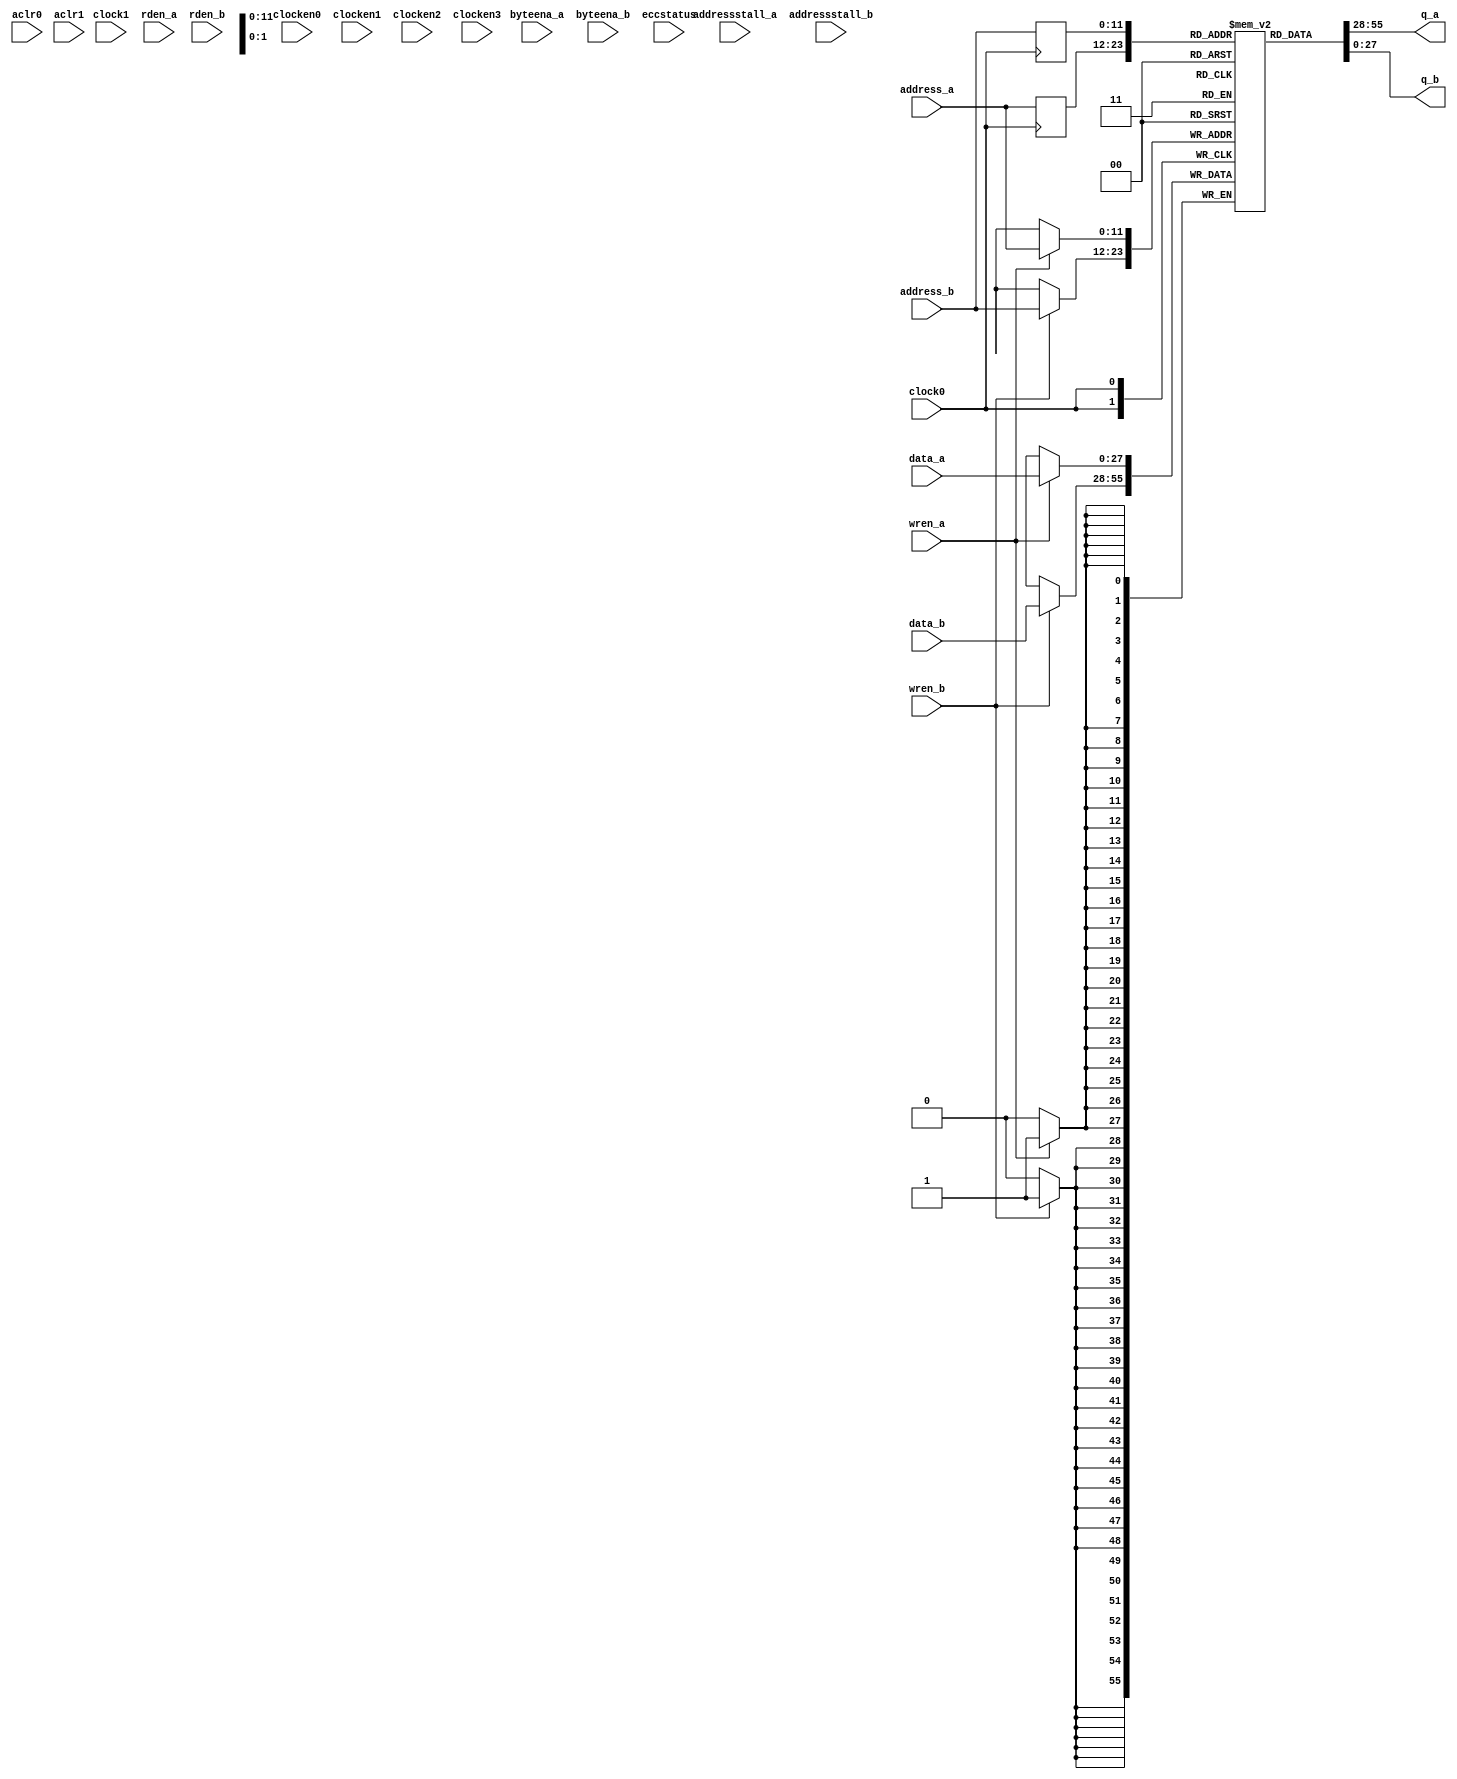
module altsyncram
   #(parameter address_reg_b = "CLOCK0",
     parameter clock_enable_input_a = "BYPASS",
     parameter clock_enable_input_b = "BYPASS",
     parameter clock_enable_output_a = "BYPASS",
     parameter clock_enable_output_b = "BYPASS",
     parameter init_file = "",
     parameter indata_reg_b = "CLOCK0",
     parameter lpm_type = "altsyncram",
     parameter numwords_a = 4096,
     parameter numwords_b = 4096,
     parameter operation_mode = "BIDIR_DUAL_PORT",
     parameter outdata_aclr_a = "NONE",
     parameter outdata_aclr_b = "NONE",
     parameter outdata_reg_a = "UNREGISTERED",
     parameter outdata_reg_b = "UNREGISTERED",
     parameter power_up_uninitialized = "FALSE",
     parameter read_during_write_mode_mixed_ports = "DONT_CARE",
     parameter read_during_write_mode_port_a = "NEW_DATA_NO_NBE_READ",
     parameter read_during_write_mode_port_b = "NEW_DATA_NO_NBE_READ",
     parameter widthad_a = 12,
     parameter widthad_b = 12,			// XXX ignored
     parameter width_a = 28,
     parameter width_b = 28,			// XXX ignored
     parameter width_byteena_a = 1,
     parameter width_byteena_b = 1,		// XXX ignored
     parameter wrcontrol_wraddress_reg_b = "CLOCK0")
      (input clock0,

       input [widthad_a-1:0] address_a,
       input wren_a,
       input [width_a-1:0] data_a,
       output [width_a-1:0] q_a,

       input [widthad_a-1:0] address_b,
       input wren_b,
       input [width_a-1:0] data_b,
       output [width_a-1:0] q_b,

       input aclr0,
       input aclr1,
       input addressstall_a,
       input addressstall_b,
       input byteena_a,
       input byteena_b,
       input clock1,
       input clocken0,
       input clocken1,
       input clocken2,
       input clocken3,
       input eccstatus,
       input rden_a,
       input rden_b);

   // XXX I assume width_a == width_b && widthad_a == widthad_b
   // XXX I assume byteenables are always fully on
   reg [width_a-1:0] memory[(1 << widthad_a) - 1: 0];
   reg [widthad_a-1:0] address_a_, address_b_;

   assign q_a = memory[address_a_];
   assign q_b = memory[address_b_];

   // XXX I'm not sure this is the best model of the behaviour
   always @(posedge clock0) begin
      if (wren_a)
         memory[address_a] <= data_a;

      if (wren_b)
         memory[address_b] <= data_b;

      address_a_ <= address_a;
      address_b_ <= address_b;
   end

   initial
      if (init_file != 0)
         $readmemh({init_file,".txt"}, memory);
endmodule